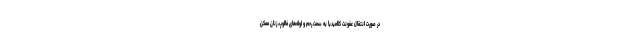
در صورت انتقال عفونت کلامیدیا به سمت رحم و لوله‌های فالوپ، زنان ممکن